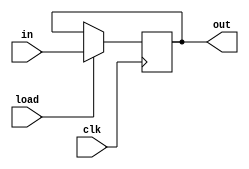
`timescale 1ns / 1ps
module Bit(input in,load,clk,
    output reg out);

    //This structural description causes wrong edge of clock to get detected
    // _And A1(load,clk,clk1);
    // d_flip_flop D1(in,clk1,out);

    always @(posedge clk) begin
        if(load)
            out=in;
    end
endmodule